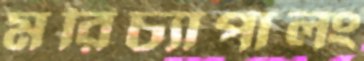
মরিচ্যাপালং